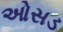
ઓસડ